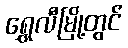
ရွှေလီမြို့တွင်